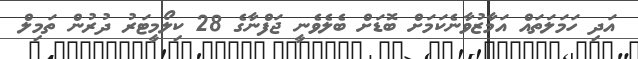
އަދި ހަމަލަތައް އަމާޒުވާނެކަމަށް ބޮޑަށް ބެލެވެނީ ޖަފްނާގެ 28 ކިލޯމީޓަރު ދުރުން ތަމިލް